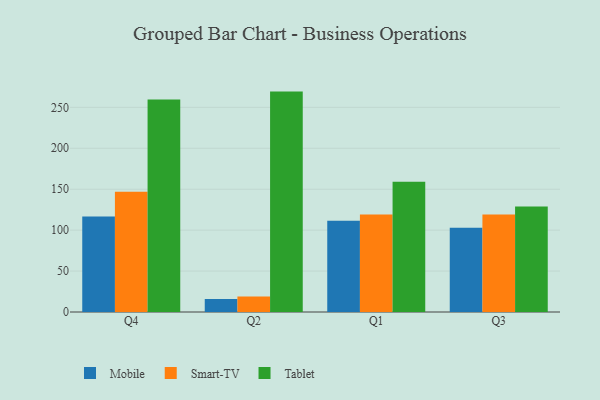
{"axis": {"x": "Quarter", "y": "Budget (USD K)"}, "legend": ["Mobile", "Smart-TV", "Tablet"], "data": [{"x": "Q4", "y": 116.6, "type": "Mobile"}, {"x": "Q4", "y": 146.8, "type": "Smart-TV"}, {"x": "Q4", "y": 259.4, "type": "Tablet"}, {"x": "Q2", "y": 15.9, "type": "Mobile"}, {"x": "Q2", "y": 19.0, "type": "Smart-TV"}, {"x": "Q2", "y": 269.2, "type": "Tablet"}, {"x": "Q1", "y": 111.6, "type": "Mobile"}, {"x": "Q1", "y": 119.2, "type": "Smart-TV"}, {"x": "Q1", "y": 159.0, "type": "Tablet"}, {"x": "Q3", "y": 103.0, "type": "Mobile"}, {"x": "Q3", "y": 119.0, "type": "Smart-TV"}, {"x": "Q3", "y": 128.9, "type": "Tablet"}]}